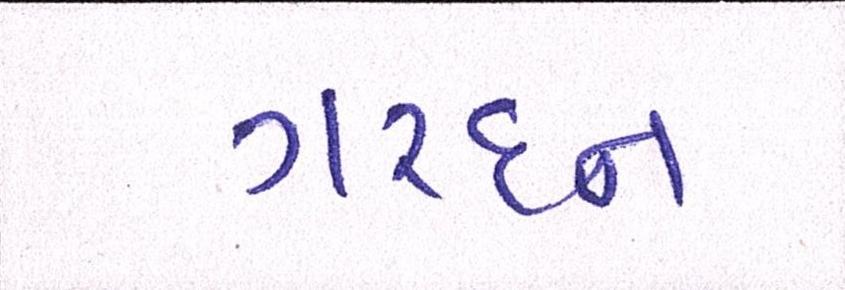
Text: ગરદન